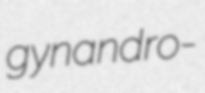
gynandro-